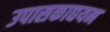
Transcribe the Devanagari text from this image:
उपासकाद्ययन